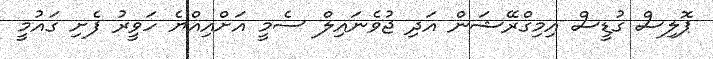
ޕޮލިސް ގުޑީސް އިމިގްރޭޝަން އަދި ޖުވެނައިލް ސެމީ އަށްއިއްޔެ ހަވީރު ފެށި ގައުމީ